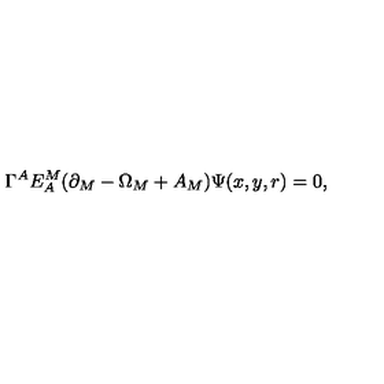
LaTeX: \Gamma ^ { A } E _ { A } ^ { M } ( \partial _ { M } - \Omega _ { M } + A _ { M } ) \Psi ( x , y , r ) = 0 ,